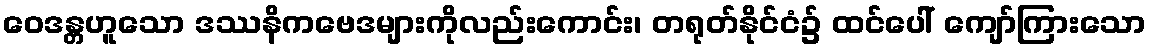
ဝေဒန္တဟူသော ဒဿနိကဗေဒများကိုလည်းကောင်း၊ တရုတ်နိုင်ငံ၌ ထင်ပေါ် ကျော်ကြားသော